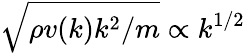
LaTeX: \sqrt{\rho v(k)k^{2}/m}\propto k^{1/2}